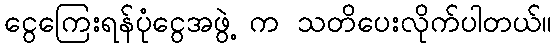
ငွေကြေးရန်ပုံငွေအဖွဲ့ က သတိပေးလိုက်ပါတယ်။